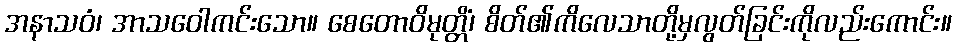
အနာသဝံ၊ အာသဝေါကင်းသော။ စေတောဝိမုတ္တိံ၊ စိတ်၏ကိလေသာတို့မှလွတ်ခြင်းကိုလည်းကောင်း။